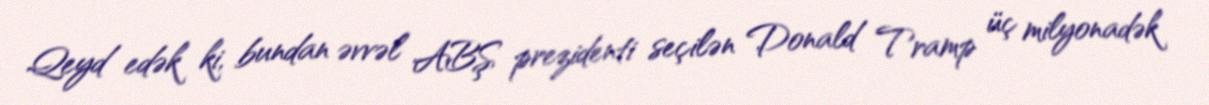
Qeyd edək ki, bundan əvvəl ABŞ prezidenti seçilən Donald Tramp üç milyonadək